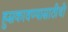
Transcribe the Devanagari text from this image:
हुसकावण्यासाठीची